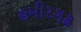
હમીરગઢ